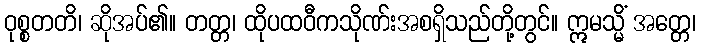
ဝုစ္စတတိ၊ ဆိုအပ်၏။ တတ္တ၊ ထိုပထဝီကသိုဏ်းအစရှိသည်တို့တွင်။ ဣမသ္မိံ အတ္တေ၊